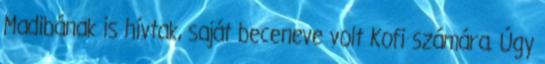
Madibának is hívtak, saját beceneve volt Kofi számára. Úgy